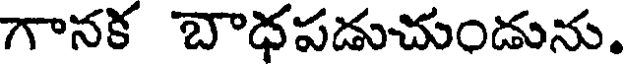
గానక బాధపడుచుండును.